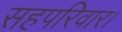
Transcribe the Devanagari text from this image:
सहपरिवार।